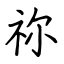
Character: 祢